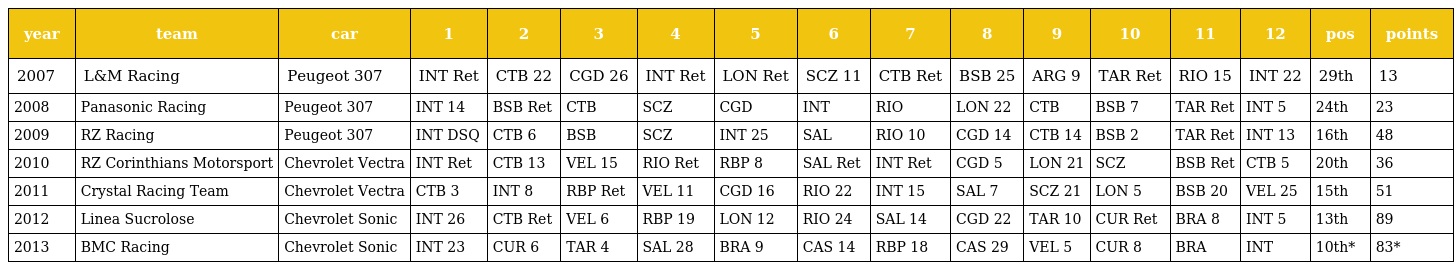
| year | team | car | 1 | 2 | 3 | 4 | 5 | 6 | 7 | 8 | 9 | 10 | 11 | 12 | pos | points |
 | --- | --- | --- | --- | --- | --- | --- | --- | --- | --- | --- | --- | --- | --- | --- | --- | --- |
 | 2007 | L&M Racing | Peugeot 307 | INT Ret | CTB 22 | CGD 26 | INT Ret | LON Ret | SCZ 11 | CTB Ret | BSB 25 | ARG 9 | TAR Ret | RIO 15 | INT 22 | 29th | 13 |
 | 2008 | Panasonic Racing | Peugeot 307 | INT 14 | BSB Ret | CTB | SCZ | CGD | INT | RIO | LON 22 | CTB | BSB 7 | TAR Ret | INT 5 | 24th | 23 |
 | 2009 | RZ Racing | Peugeot 307 | INT DSQ | CTB 6 | BSB | SCZ | INT 25 | SAL | RIO 10 | CGD 14 | CTB 14 | BSB 2 | TAR Ret | INT 13 | 16th | 48 |
 | 2010 | RZ Corinthians Motorsport | Chevrolet Vectra | INT Ret | CTB 13 | VEL 15 | RIO Ret | RBP 8 | SAL Ret | INT Ret | CGD 5 | LON 21 | SCZ | BSB Ret | CTB 5 | 20th | 36 |
 | 2011 | Crystal Racing Team | Chevrolet Vectra | CTB 3 | INT 8 | RBP Ret | VEL 11 | CGD 16 | RIO 22 | INT 15 | SAL 7 | SCZ 21 | LON 5 | BSB 20 | VEL 25 | 15th | 51 |
 | 2012 | Linea Sucrolose | Chevrolet Sonic | INT 26 | CTB Ret | VEL 6 | RBP 19 | LON 12 | RIO 24 | SAL 14 | CGD 22 | TAR 10 | CUR Ret | BRA 8 | INT 5 | 13th | 89 |
 | 2013 | BMC Racing | Chevrolet Sonic | INT 23 | CUR 6 | TAR 4 | SAL 28 | BRA 9 | CAS 14 | RBP 18 | CAS 29 | VEL 5 | CUR 8 | BRA | INT | 10th* | 83* |